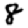
Digit: 8